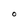
Character: O